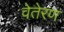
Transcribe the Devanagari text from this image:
वेतेरण